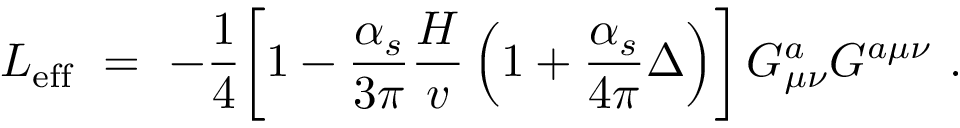
{ \cal L } _ { \mathrm { e f f } } \ = \ - { \frac { 1 } { 4 } } \biggl [ 1 - { \frac { \alpha _ { s } } { 3 \pi } } { \frac { H } { v } } \left( 1 + { \frac { \alpha _ { s } } { 4 \pi } } \Delta \right) \biggr ] \, G _ { \mu \nu } ^ { a } G ^ { a \mu \nu } \ .